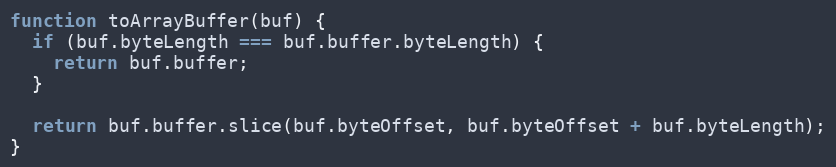
Language: JavaScript
function toArrayBuffer(buf) {
  if (buf.byteLength === buf.buffer.byteLength) {
    return buf.buffer;
  }

  return buf.buffer.slice(buf.byteOffset, buf.byteOffset + buf.byteLength);
}